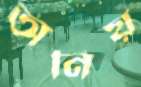
অনিয়